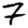
Digit: 7